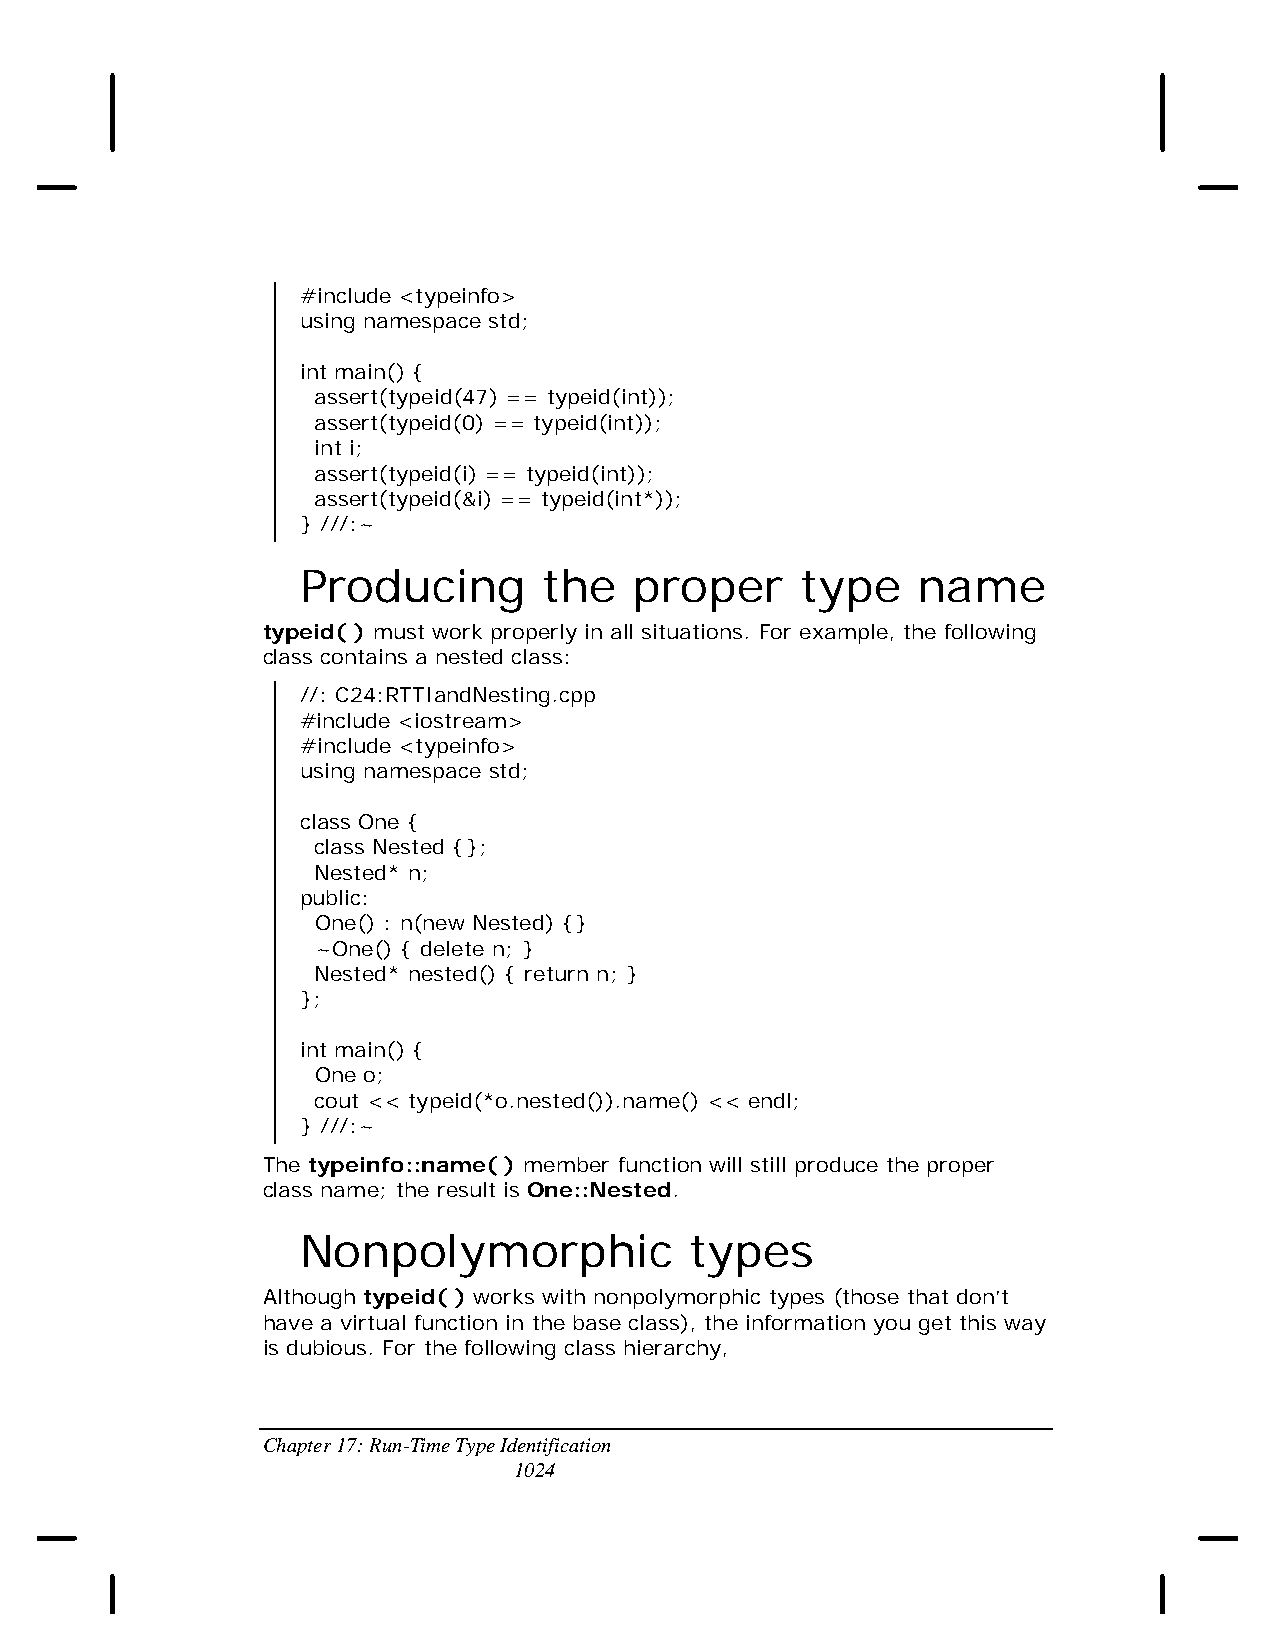
#include <typeinfo>
 using namespace std;
 int main() {
 assert(typeid(47) == typeid(int));
 assert(typeid(0) == typeid(int));
 int i;
 assert(typeid(i) == typeid(int));
 assert(typeid(&i) == typeid(int*));
 } ///:~
 Producing       the   proper     type    name
 typeid( ) must work properly in all situations. For example, the following
 class contains a nested class:
 //: C24:RTTIandNesting.cpp
 #include <iostream>
 #include <typeinfo>
 using namespace std;
 class One {
 class Nested {};
 Nested* n;
 public:
 One() : n(new Nested) {}
 ~One() { delete n; }
 Nested* nested() { return n; }
 };
 int main() {
 One o;
 cout << typeid(*o.nested()).name() << endl;
 } ///:~
 The typeinfo::name( ) member function will still produce the proper
 class name; the result is One::Nested.
 Nonpolymorphic            types
 Although typeid( ) works with nonpolymorphic types (those that don’t
 have a virtual function in the base class), the information you get this way
 is dubious. For the following class hierarchy,
 Chapter 17: Run-Time Type Identification
 1024